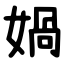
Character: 媧